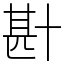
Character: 卙